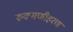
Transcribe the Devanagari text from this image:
रुक्मणीहरण